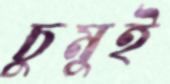
চুমুই